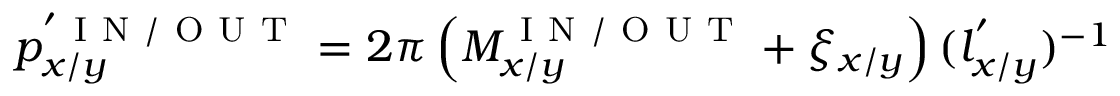
p _ { x / y } ^ { ' \mathrm { ~ I ~ N ~ / ~ O ~ U ~ T ~ } } = 2 \pi \left( M _ { x / y } ^ { \mathrm { ~ I ~ N ~ / ~ O ~ U ~ T ~ } } + \xi _ { x / y } \right) ( l _ { x / y } ^ { ' } ) ^ { - 1 }